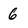
Character: 6